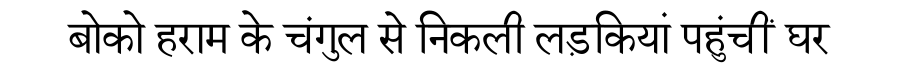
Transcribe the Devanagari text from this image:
बोको हराम के चंगुल से निकली लड़कियां पहुंचीं घर